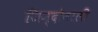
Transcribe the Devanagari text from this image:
जिन्दोवाली